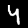
Label: 4